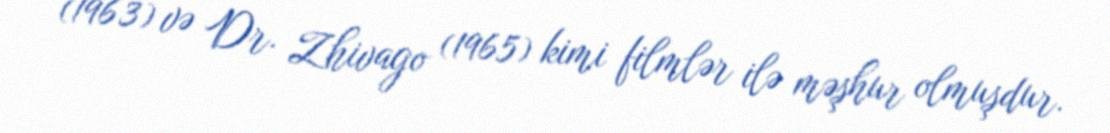
(1963) və Dr. Zhivago (1965) kimi filmlər ilə məşhur olmuşdur.